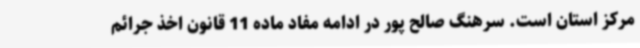
مرکز استان است. سرهنگ صالح پور در ادامه مفاد ماده 11 قانون اخذ جرائم